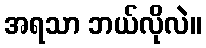
အရသာ ဘယ်လိုလဲ။